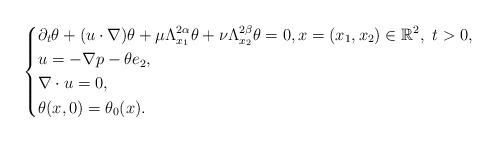
LaTeX: \begin{align*}\left\{\aligned&\partial_{t}\theta+( {u}\cdot\nabla)\theta+\mu\Lambda_{x_{1}}^{2\alpha}\theta+\nu\Lambda_{x_{2}}^{2\beta}\theta=0, x=(x_{1},x_{2})\in \mathbb{R}^2, \,\, t>0, \\& {u}=-\nabla p-\theta e_{2},\\&\nabla\cdot {u}=0,\\&\theta(x, 0)=\theta_{0}(x).\endaligned\right.\end{align*}